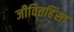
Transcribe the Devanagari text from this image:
जीवितहिंसा